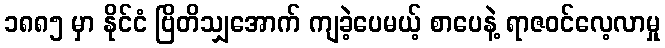
၁၈၈၅ မှာ နိုင်ငံ ဗြိတိသျှအောက် ကျခဲ့ပေမယ့် စာပေနဲ့ ရာဇဝင်လေ့လာမှု